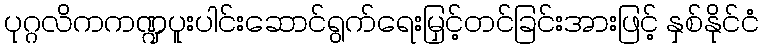
ပုဂ္ဂလိကကဏ္ဍပူးပါင်းဆောင်ရွက်ရေးမြှင့်တင်ခြင်းအားဖြင့် နှစ်နိုင်ငံ